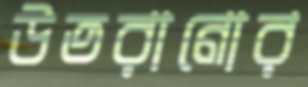
উতরানোর